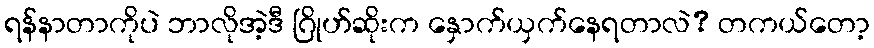
ရန်နာတာကိုပဲ ဘာလိုအဲ့ဒီ ဂြိုဟ်ဆိုးက နှောက်ယှက်နေရတာလဲ? တကယ်တော့